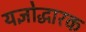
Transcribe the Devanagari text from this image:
यज्ञोद्धारक